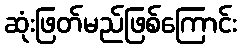
ဆုံးဖြတ်မည်ဖြစ်ကြောင်း